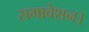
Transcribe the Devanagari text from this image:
समावेशन।